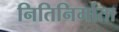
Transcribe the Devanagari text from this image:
नितिनिर्माता